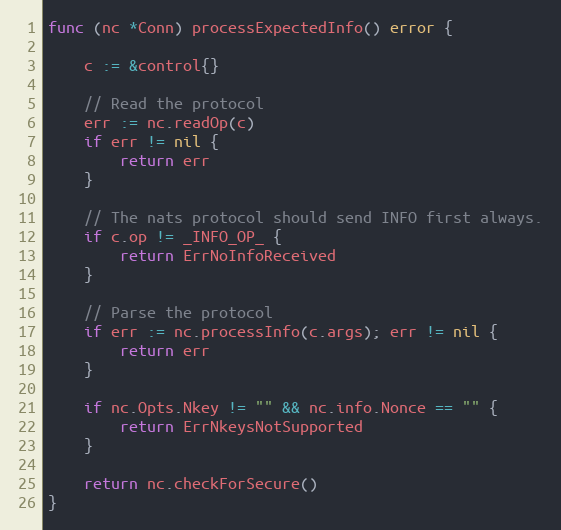
Language: Go
func (nc *Conn) processExpectedInfo() error {

	c := &control{}

	// Read the protocol
	err := nc.readOp(c)
	if err != nil {
		return err
	}

	// The nats protocol should send INFO first always.
	if c.op != _INFO_OP_ {
		return ErrNoInfoReceived
	}

	// Parse the protocol
	if err := nc.processInfo(c.args); err != nil {
		return err
	}

	if nc.Opts.Nkey != "" && nc.info.Nonce == "" {
		return ErrNkeysNotSupported
	}

	return nc.checkForSecure()
}